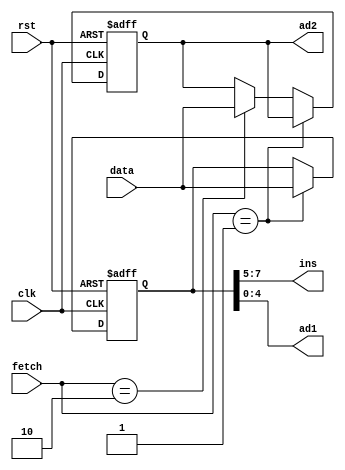
`timescale 1ns / 1ps
//////////////////////////////////////////////////////////////////////////////////
module ins_reg(data, fetch, clk, rst, ins, ad1, ad2
    );
input clk, rst;
input [1:0] fetch;
input [7:0] data;
output [2:0] ins;
output [4:0] ad1;
output [7:0] ad2;

reg [7:0] ins_p1, ins_p2;
reg [2:0] state;

assign ins = ins_p1[7:5];
assign ad1 = ins_p1[4:0];
assign ad2 = ins_p2;

always @(posedge clk or negedge rst) begin
	if(!rst) begin
		ins_p1 <= 8'd0;
		ins_p2 <= 8'd0;
	end
	else begin
		if(fetch==2'b01) begin			//fetch==2'b018
			ins_p1 <= data;
			ins_p2 <= ins_p2;
		end
		else if(fetch==2'b10) begin		////fetch==2'b108
			ins_p1 <= ins_p1;
			ins_p2 <= data;
		end
		else begin
			ins_p1 <= ins_p1;
			ins_p2 <= ins_p2;
		end
	end
end


endmodule